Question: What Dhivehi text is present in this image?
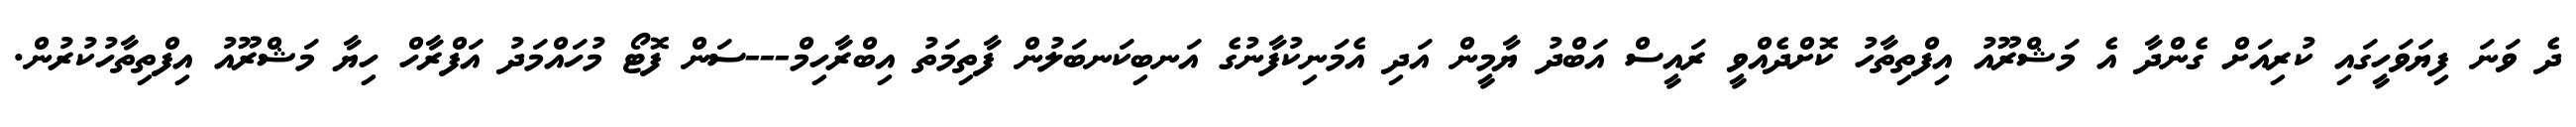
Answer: ދެ ވަނަ ފިޔަވަހީގައި ކުރިއަށް ގެންދާ އެ މަޝްރޫއު އިފްތިތާހު ކޮށްދެއްވީ ރައީސް އަބްދު ޔާމީން އަދި އެމަނިކުފާނުގެ އަނބިކަނބަލުން ފާތިމަތު އިބްރާހިމް---ސަން ފޮޓޯ މުހައްމަދު އަފްރާހް ހިޔާ މަޝްރޫއު އިފްތިތާހުކުރުން.